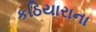
કઠિયારાના